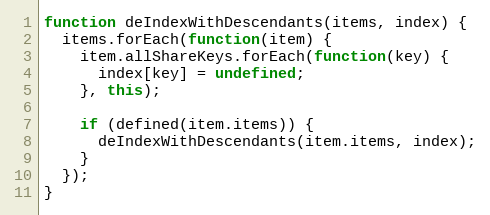
Language: JavaScript
function deIndexWithDescendants(items, index) {
  items.forEach(function(item) {
    item.allShareKeys.forEach(function(key) {
      index[key] = undefined;
    }, this);

    if (defined(item.items)) {
      deIndexWithDescendants(item.items, index);
    }
  });
}